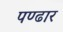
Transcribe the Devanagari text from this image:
पण्‍ढार